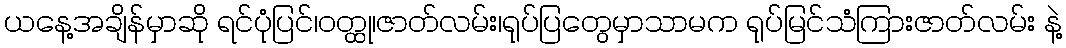
ယနေ့အချိန်မှာဆို ရင်ပုံပြင်၊ဝတ္ထု၊ဇာတ်လမ်း၊ရုပ်ပြတွေမှာသာမက ရုပ်မြင်သံကြားဇာတ်လမ်း နဲ့